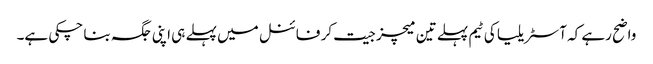
واضح رہے کہ آسٹریلیا کی ٹیم پہلے تین میچز جیت کر فائنل میں پہلے ہی اپنی جگہ بنا چکی ہے۔